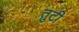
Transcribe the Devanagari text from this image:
तुटी